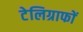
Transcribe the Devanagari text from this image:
टेलिग्राफों